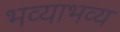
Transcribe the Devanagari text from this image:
भव्याभव्य